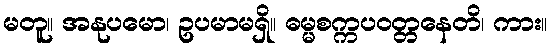
မတူ။ အနုပမော၊ ဥပမာမရှိ။ ဓမ္မစက္ကပဝတ္တနေတိ၊ ကား။